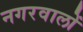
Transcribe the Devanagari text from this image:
नगरवालों